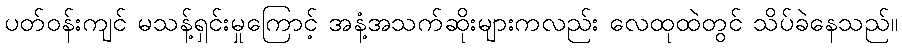
ပတ်ဝန်းကျင် မသန့်ရှင်းမှုကြောင့် အနံ့အသက်ဆိုးများကလည်း လေထုထဲတွင် သိပ်ခဲနေသည်။